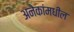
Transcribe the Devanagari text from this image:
अनेकांमधील